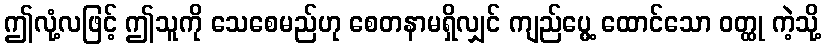
ဤလုံ့လဖြင့် ဤသူကို သေစေမည်ဟု စေတနာမရှိလျှင် ကျည်ပွေ့ ထောင်သော ဝတ္ထု ကဲ့သို့